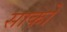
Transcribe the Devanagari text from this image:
साको